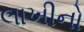
લાખીનો